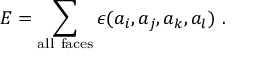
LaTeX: E = \sum _ { \mathrm { a l l ~ f a c e s } } \epsilon ( a _ { i } , a _ { j } , a _ { k } , a _ { l } ) ~ .